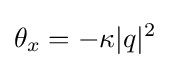
\theta _{x}=-\kappa |q|^{2}